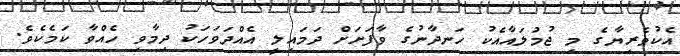
އެކުވެރިޔާގެ މި ޖުމުލައާއެކު ހަނދާނުގެ ވާފަށަށް ދަމައިލީ އެއްދަވަހަކު ދިމާވި ހެއްވާ ކަމެކެވެ.